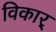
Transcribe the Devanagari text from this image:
विकार्